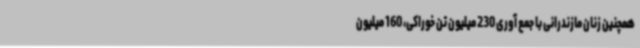
همچنین زنان مازندرانی با جمع آوری 230 میلیون تن خوراکی، 160 میلیون